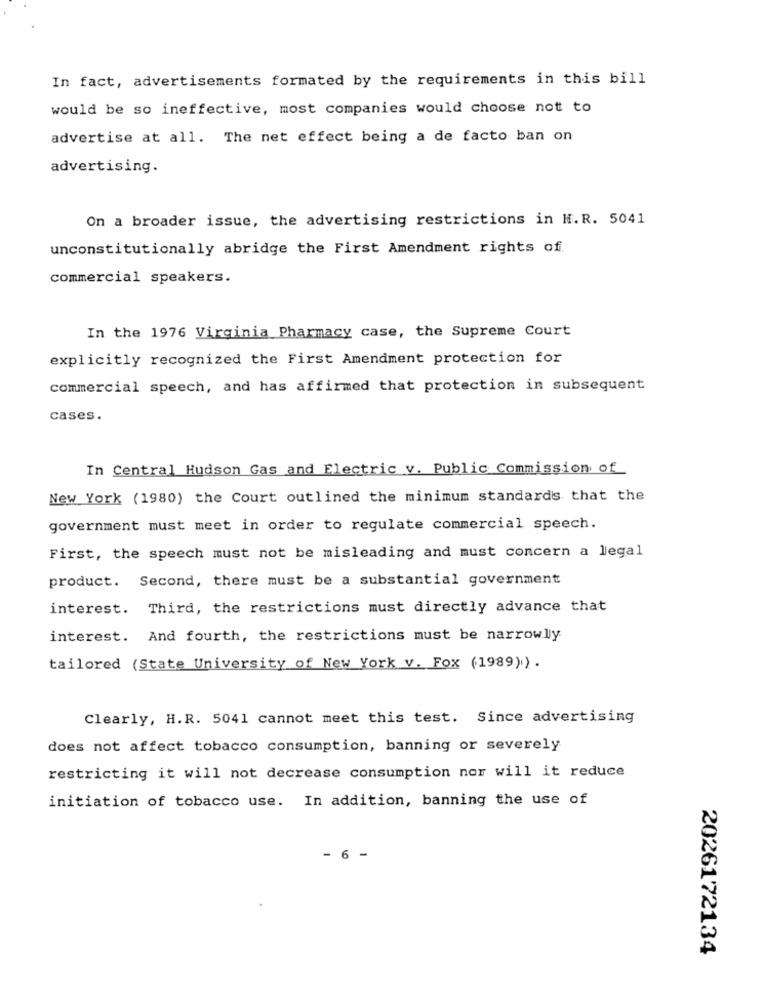
In fact, advertisements formated by the requirements in this bill
would be so ineffective, most companies would choose not to
advertise at all. The net effect being a de facto ban on
advertising.
On a broader issue, the advertising restrictions in H.R. 5041
unconstitutionally abridge the First Amendment rights of
commercial speakers.
In the 1976 Virginia Pharmacy case, the Supreme Court
explicitly recognized the First Amendment protection for
commercial speech, and has affirmed that protection in subsequent
cases.
In Central Hudson Gas and Electric v. Public Commission of
New York (1980) the Court outlined the minimum standards that the
government must meet in order to regulate commercial speech.
First, the speech must not be misleading and must concern a legal
product. Second, there must be a substantial government
interest. Third, the restrictions must directly advance that
interest. And fourth, the restrictions must be narrowly
tailored (State University of New York v. Fox (1989)) .
Clearly, H.R. 5041 cannot meet this test. Since advertising
does not affect tobacco consumption, banning or severely
restricting it will not decrease consumption nor will it reduce
initiation of tobacco use. In addition, banning the use of
- 6 -
2026172134